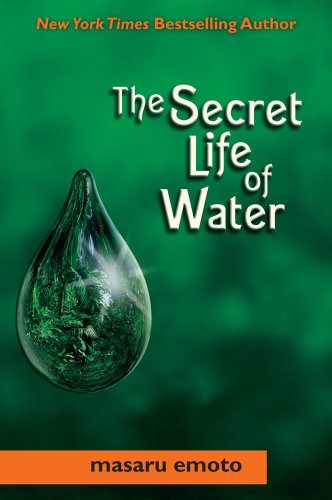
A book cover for Secret Life of Water; Masaru Emoto; Religion & Spirituality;